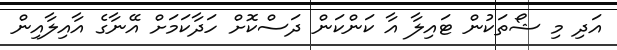
އަދި މި ޝޯތަކުން ޓައިލާ އާ ކަންކަން ދަސްކޮށް ހަދާކަމަށް އޭނާގެ އާއިލާއިން